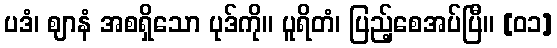
ပဒံ၊ ဈာနံ အစရှိသော ပုဒ်ကို။ ပူရိတံ၊ ပြည့်စေအပ်ပြီ။ [၀၁]